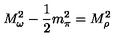
M _ { \omega } ^ { 2 } - \frac { 1 } { 2 } m _ { \pi } ^ { 2 } = M _ { \rho } ^ { 2 }